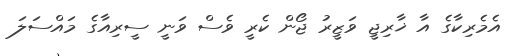
އެމެރިކާގެ އާ ޚާރިޖީ ވަޒީރު ޖޯން ކެރީ ވެސް ވަނީ ސީރިއާގެ މައްސަލަ